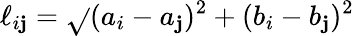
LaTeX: \ell_{i\mathbf{j}}=\sqrt{}{{(a_{i}-a_{\mathbf{j}})^{2}+(b_{i}-b_{\mathbf{j}})^{2}}}